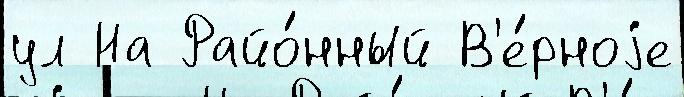
ул На Райо́нный В'е́рноjе